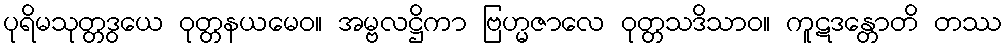
ပုရိမသုတ္တဒွယေ ဝုတ္တနယမေဝ။ အမ္ဗလဋ္ဌိကာ ဗြဟ္မဇာလေ ဝုတ္တသဒိသာဝ။ ကူဋဒန္တောတိ တဿ